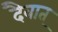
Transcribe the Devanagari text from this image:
दैवात्‌